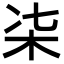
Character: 㭍